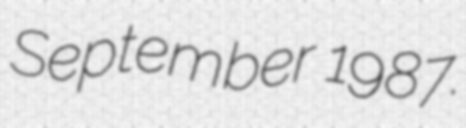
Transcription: September 1987.